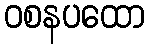
ဝစနပထော